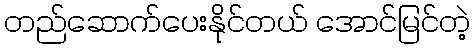
တည်ဆောက်ပေးနိုင်တယ် အောင်မြင်တဲ့